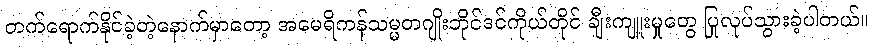
တက်ရောက်နိုင်ခဲ့တဲ့နောက်မှာတော့ အမေရိကန်သမ္မတဂျိုးဘိုင်ဒင်ကိုယ်တိုင် ချီးကျူးမှုတွေ ပြုလုပ်သွားခဲ့ပါတယ်။